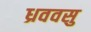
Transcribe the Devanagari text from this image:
ध्रववसु